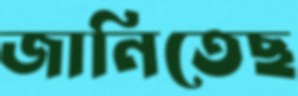
জানিতেছ